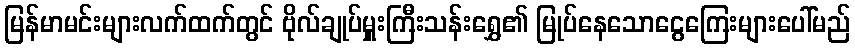
မြန်မာမင်းများလက်ထက်တွင် ဗိုလ်ချုပ်မှူးကြီးသန်းရွှေ၏ မြုပ်နေသောငွေကြေးများပေါ်မည်